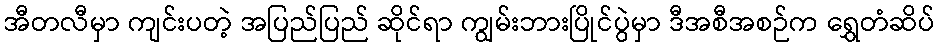
အီတလီမှာ ကျင်းပတဲ့ အပြည်ပြည် ဆိုင်ရာ ကျွမ်းဘားပြိုင်ပွဲမှာ ဒီအစီအစဉ်က ရွှေတံဆိပ်